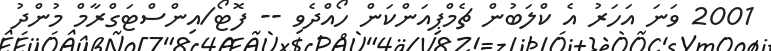
2001 ވަނަ އަހަރު އެ ކްލަބުން ޗެމްޕިއަންކަން ހޯއްދެވި -- ފޮޓޯ/އިންސްޓަގްރާމް މުންދު